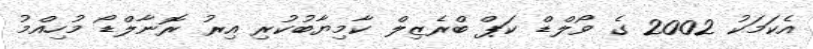
އެކަމަކު 2002 ގެ ވޯލްޑް ކަޕް ބްރެޒިލް ކާމިޔާބުކުރި އިރު ރޮނާލްޑޯ މުހިއްމު